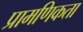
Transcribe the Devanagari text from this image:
प्रामणिकता